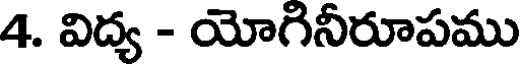
4. విద్య - యోగినీరూపము